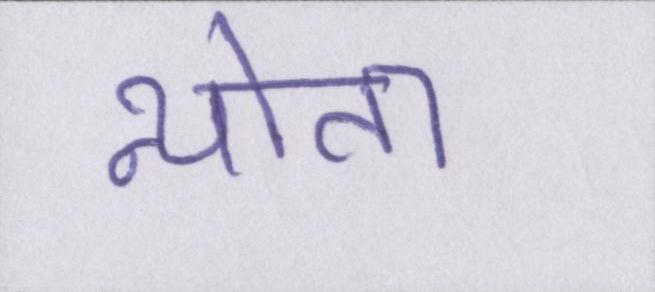
न्योता